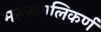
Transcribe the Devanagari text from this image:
मरुस्थालिकर्ण